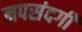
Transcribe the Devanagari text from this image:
नपसंदगी